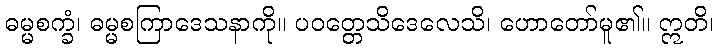
ဓမ္မစက္ခံ၊ ဓမ္မစကြာဒေသနာကို။ ပဝတ္တေသိဒေလေသိ၊ ဟောတော်မူ၏။ ဣတိ၊